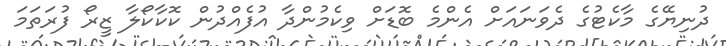
ދުނިޔޭގެ މާކެޓުގެ ދެވަނައަށް އެންމެ ބޮޑަށް ވިކެމުންދާ އުފެއްދުން ކޮކާކޯލާ ޒީރޯ ފުރަތަމަ